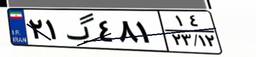
۲۱گ۴۸۱۱۴